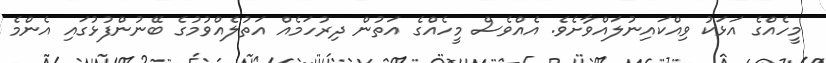
މީހެއްގެ އަޅަކު ވިއްކައިނުލައްވާށެވެ. އެއްވެސް މީހެއްގެ އަތުން ދިރުހަމެއް އަތުލެއްވުމުގެ ބޭނުންފުޅުގައި އެންމެ